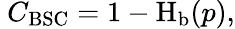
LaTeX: \ C_{\mathrm{BSC}}=1-\operatorname{H}_{\mathrm{b}}(p),